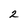
Character: 2